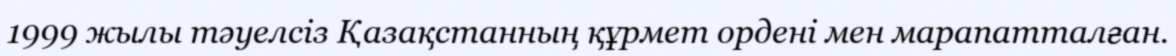
1999 жылы тәуелсіз Қазақстанның құрмет ордені мен марапатталған.